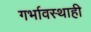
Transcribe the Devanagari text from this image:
गर्भावस्थाही